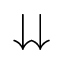
\downdownarrows